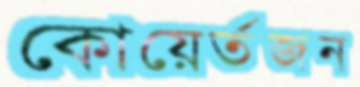
কোয়ের্তজন